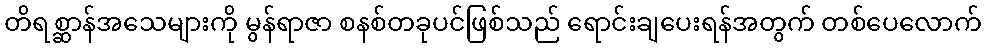
တိရစ္ဆာန်အသေများကို မွန်ရာဇာ စနစ်တခုပင်ဖြစ်သည် ရောင်းချပေးရန်အတွက် တစ်ပေလောက်